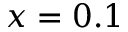
x = 0 . 1